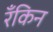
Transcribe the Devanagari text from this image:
रँकिन